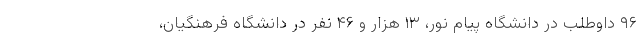
۹۶ داوطلب در دانشگاه پیام نور، ۱۳ هزار و ۴۶ نفر در دانشگاه فرهنگیان،